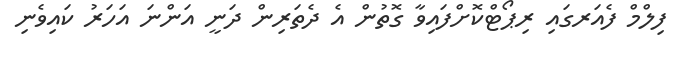
ފިލްމް ފެއަރގައި ރިޕޯޓްކޮށްފައިވާ ގޮތުން އެ ދެތަރިން ދަނީ އަންނަ އަހަރު ކައިވެނި